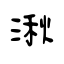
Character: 湫